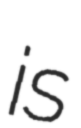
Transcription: is